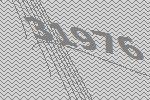
31976